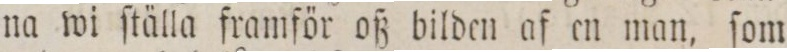
na wi ſtälla framför oß bilden af en man, ſom